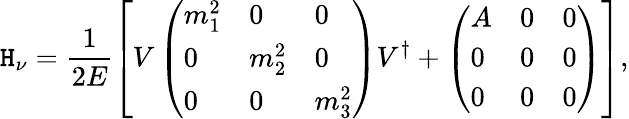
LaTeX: {\cal\mathtt{H}}_{\nu}=\frac{{1}}{{2E}}\left[V\left(\begin{array}{lll}{{m_{1}^{2}}}&{{0}}&{{0}}\\ {{0}}&{{m_{2}^{2}}}&{{0}}\\ {{0}}&{{0}}&{{m_{3}^{2}}}\end{array}\right)V^{\dagger}+\left(\begin{array}{lll}{{A}}&{{0}}&{{0}}\\ {{0}}&{{0}}&{{0}}\\ {{0}}&{{0}}&{{0}}\end{array}\right)\right],